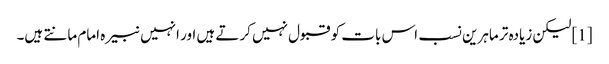
[1] لیکن زیادہ تر ماہرین نسب اس بات کو قبول نہیں کرتے ہیں اور انہیں نبیرہ امام مانتے ہیں۔